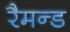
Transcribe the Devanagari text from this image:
रैमन्ड